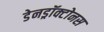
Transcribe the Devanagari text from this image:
डेनड्रॉक्टोनस